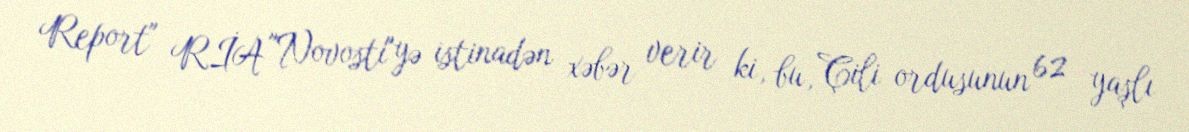
Report" RİA "Novosti"yə istinadən xəbər verir ki, bu, Çili ordusunun 62 yaşlı